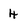
Character: 4